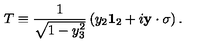
T \equiv \frac { 1 } { \sqrt { 1 - y _ { 3 } ^ { 2 } } } \left( y _ { 2 } { \bf 1 } _ { 2 } + i { \bf y } \cdot \mathrm { \boldmath \sigma } \right) .